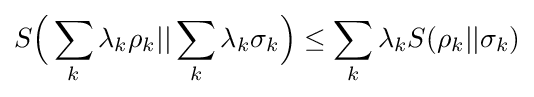
S{\Bigl (}\sum _{k}\lambda _{k}\rho _{k}||\sum _{k}\lambda _{k}\sigma _{k}{\Bigr )}\leq \sum _{k}\lambda _{k}S(\rho _{k}||\sigma _{k})